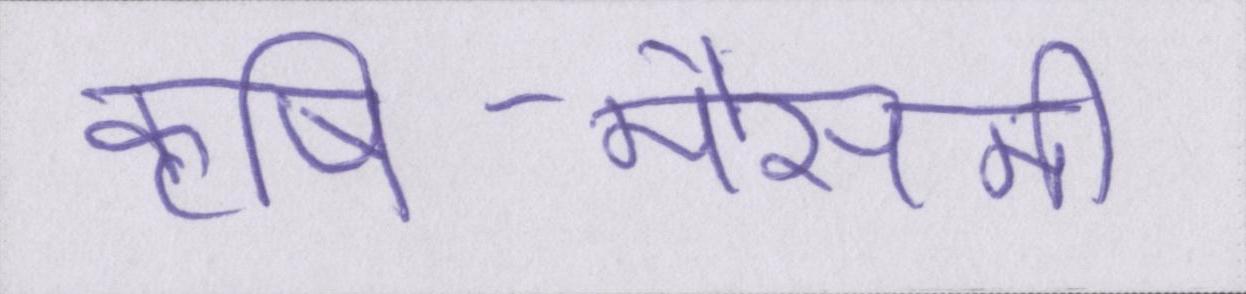
कृषि-मौसमी